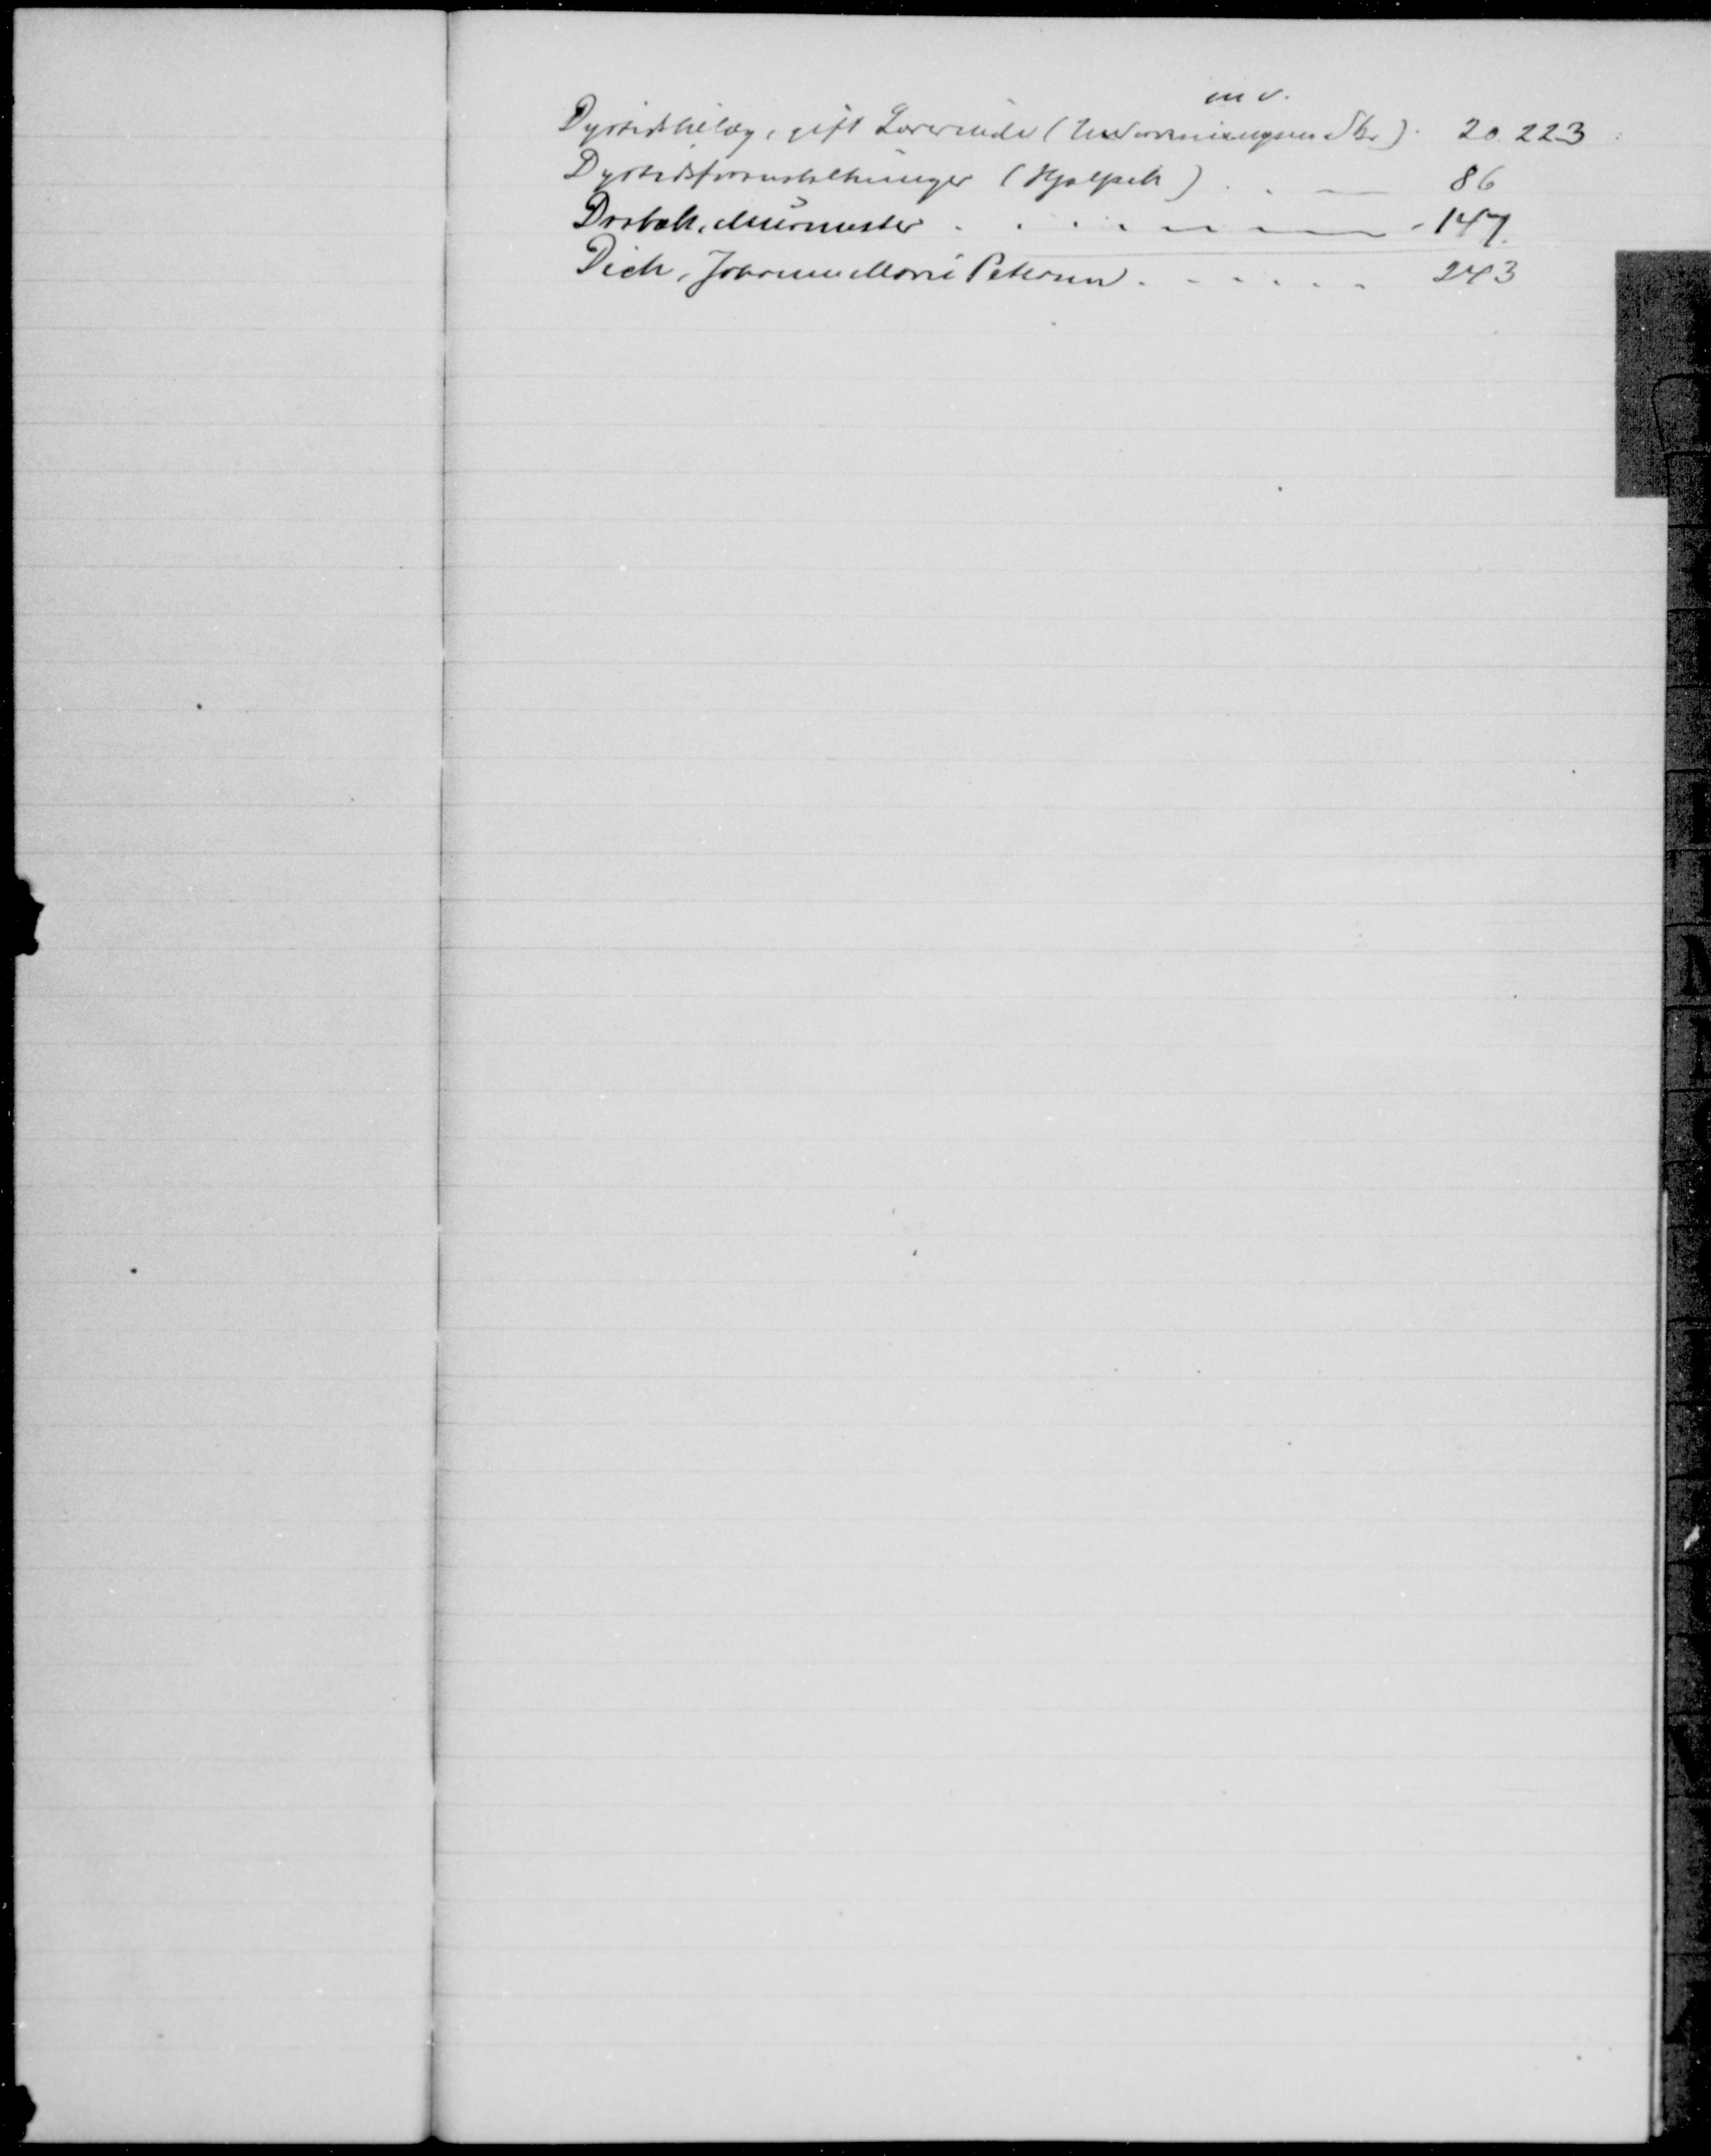
Transskription:
Dyrtidstillæg, gift Lærerinde (Undervisningsm. Skr.)
m.v.
20. 223
Dyrtidsforanstaltninger (Hjælpek)
86
Drabæk, Murmester
147
Dich, Johanne Marie Petersen.
243